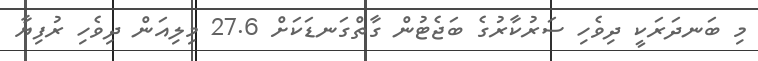
މި ބަނދަރަކީ ދިވެހި ސަރުކާރުގެ ބަޖެޓުން ގާތްގަނޑަކަށް 27.6 މިލިއަން ދިވެހި ރުފިޔާ